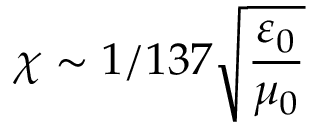
\chi \sim 1 / 1 3 7 \sqrt { \frac { \varepsilon _ { 0 } } { \mu _ { 0 } } }